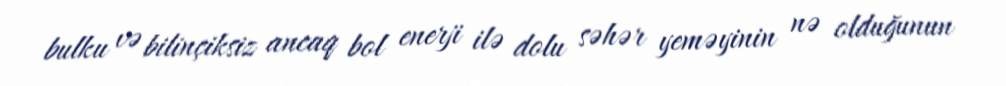
bulku və bilinçiksiz ancaq bol enerji ilə dolu səhər yeməyinin nə olduğunun